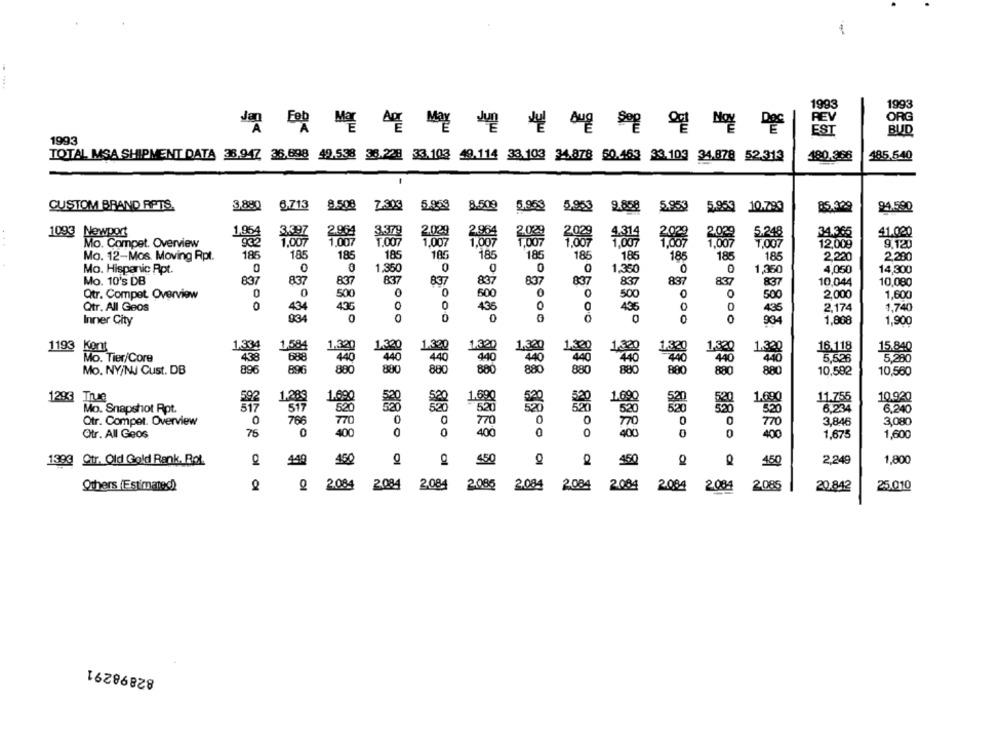
1
1993
1993
REV
ORG
EST
BUD
1993
TOTAL MSA SHIPMENT DATA 36.947 36,698 49.538 36.228 33.103 49.114 33. 103 34.878 50.463 33.103 34.878 52.313
180.388
48.5,540
CUSTOM BRAND RPTS.
3,880
6.713 8,508
7.303
5.959
8.509
5.953
5.953
9.858
5.953
5.953 10.793
85.399
94.590
1093 Newport
2020
34.366
$1.020
Mo. Compet. Overview
1,007
2.000
12,009
9,120
Mo. 12-Mos. Moving Rpt.
186
185
185
185
105
185
185
185
186
185
185
185
2,220
2.280
0
14,300
Mo. Hispanic Rpt.
0
1,350
0
0
1,35
1,350
4,050
Mo. 10's DB
837
837
837
837
837
837
837
837
837
837
837
10.044
10,080
837
Qtr. Compet Overview
0
0
500
500
500
0
500
2,000
1,600
Qtr. All Geos
434
436
436
435
0
0
436
2,174
1,740
934
0
0
0
0
1,808
Inner City
904
1,900
1193 Kent
1.33
1.320
1.330
1,330
1,320
16.118
1,584
1.300
1.320
1.320
Mo. Tier/Core
438
588
440
40
1800
1.308
5,526
5,280
Mo. NY/NJ Cust. DB
896
896
880
40
880
880
880
10,592
10,560
800
880
880
1293 True
11.755
10.920
1.289
1,690
6,240
Mo. Snapshot Rpt.
Otr. Comper. Overview
786
0
0
0
0
0
770
3,846
3,080
70
Otr. All Geos
76
0
0
400
0
0
400
0
0
400
1,675
1,600
1393 Ctr. Old Gold Rank. Bot.
450
2,249
1,800
449
450
$50
Q 450
Others (Estimated)
2 2.084
2.084 2.084 2.085 2.084
2.084 2.084 2.084
2.084 2.085
20.842
25.010
82898291